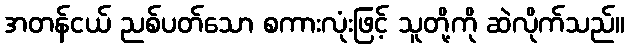
အတန်ငယ် ညစ်ပတ်သော စကားလုံးဖြင့် သူတို့ကို ဆဲလိုက်သည်။